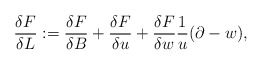
\begin{align*}\frac{\delta F}{\delta L} := \frac{\delta F}{\delta B} + \frac{\delta F}{\delta u} +\frac{\delta F}{\delta w} \frac{1}{u} (\partial - w), \end{align*}